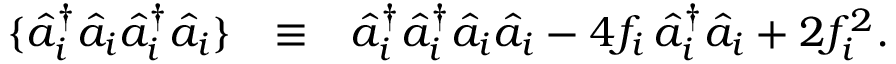
\begin{array} { r l r } { \{ \hat { a } _ { i } ^ { \dagger } \hat { a } _ { i } \hat { a } _ { i } ^ { \dagger } \hat { a } _ { i } \} } & { \equiv } & { \hat { a } _ { i } ^ { \dagger } \hat { a } _ { i } ^ { \dagger } \hat { a } _ { i } \hat { a } _ { i } - 4 f _ { i } \, \hat { a } _ { i } ^ { \dagger } \hat { a } _ { i } + 2 f _ { i } ^ { 2 } . } \end{array}